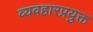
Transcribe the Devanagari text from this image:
व्यवहारप्रयुक्त